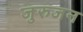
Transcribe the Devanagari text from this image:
जुरुजन